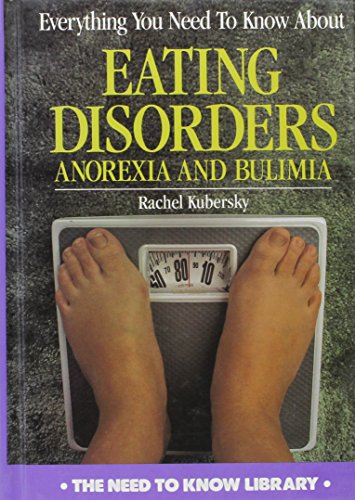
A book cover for Everything You Need to Know About Eating Disorders: Anorexia and Bulimia (Need to Know Library); Rachel Kubersky; Health, Fitness & Dieting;